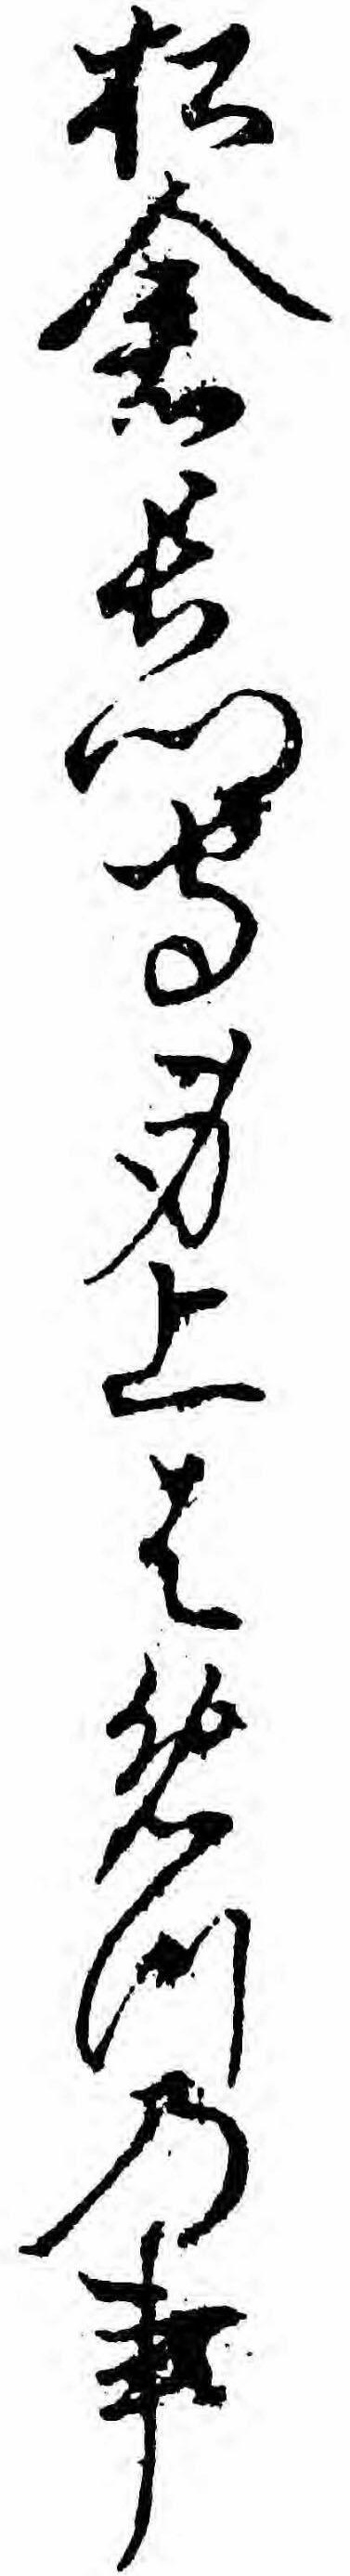
松倉長門守身上はめつの事